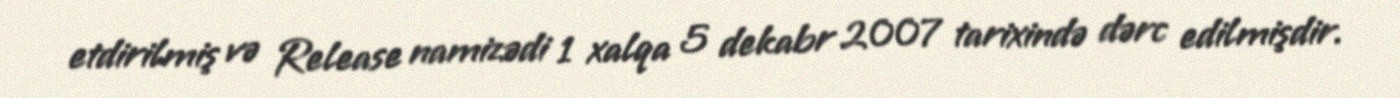
etdirilmiş və Release namizədi 1 xalqa 5 dekabr 2007 tarixində dərc edilmişdir.